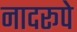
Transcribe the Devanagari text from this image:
नादरूपे